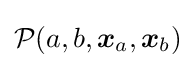
{\cal {P}}(a,b,{\boldsymbol {x}}_{a},{\boldsymbol {x}}_{b})